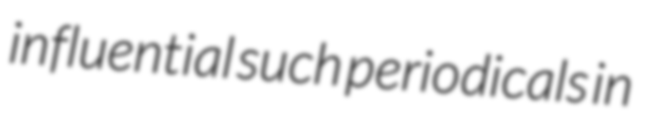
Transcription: influential such periodicals in